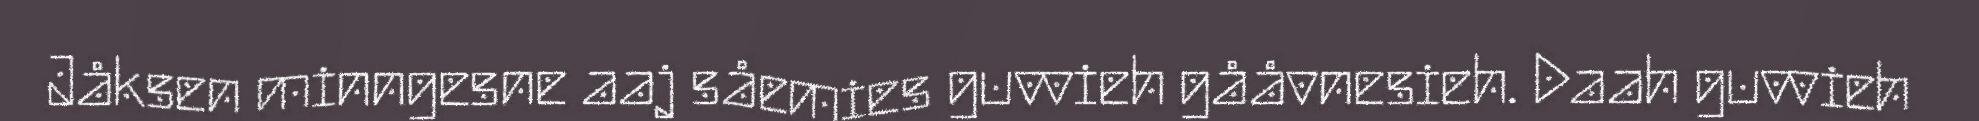
Jåksen minngesne aaj såemies guvvieh gååvnesieh. Daah guvvieh